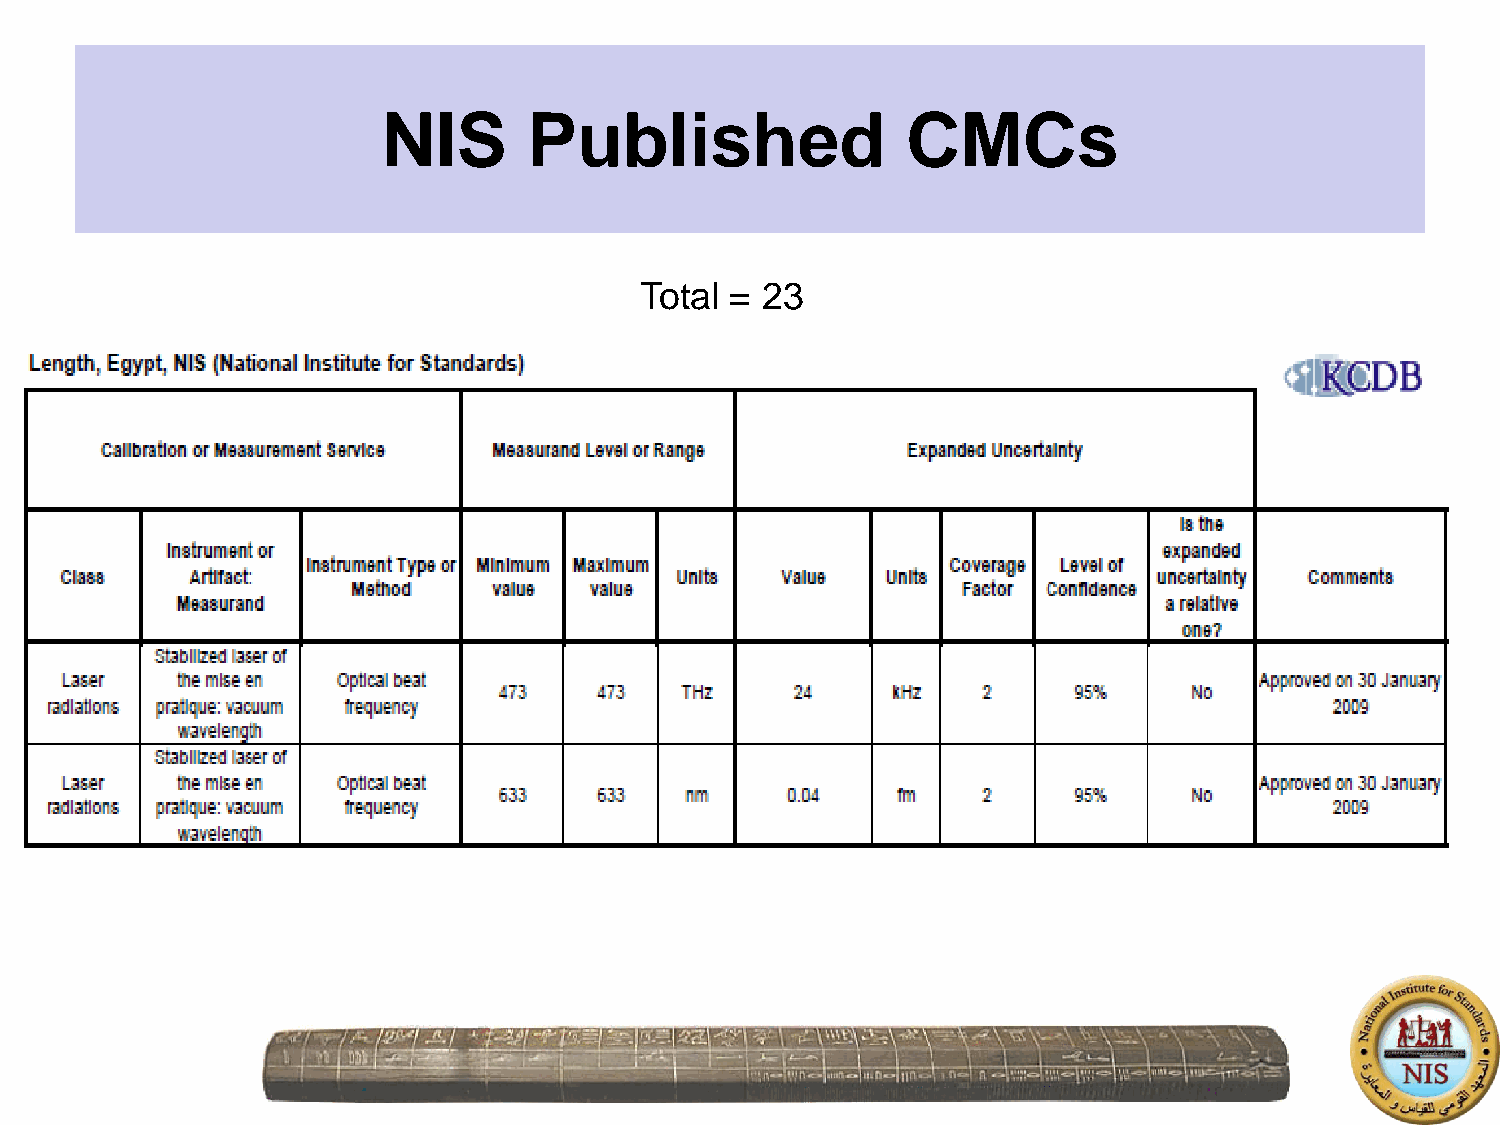
Published                     NIS         CMCs
 NIS       Published                CMCs
 Total = 23